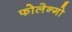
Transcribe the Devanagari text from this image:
फोलेन्गो